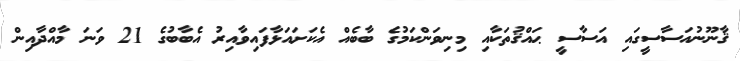
ޤާނޫނުއަސާސީގައި އަސާސީ ޙައްޤުތަކާއި މިނިވަންކަމުގެ ބާބެއް އެކަށައަޅާފައިވާއިރު އެބާބުގެ 21 ވަނަ މާއްދާއިން